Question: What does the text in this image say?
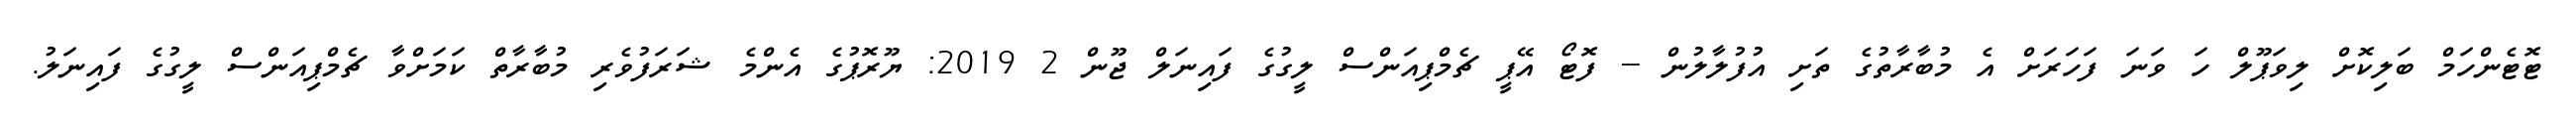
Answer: ޓޮޓެންހަމް ބަލިކޮށް ލިވަޕޫލް ހަ ވަނަ ފަހަރަށް އެ މުބާރާތުގެ ތަށި އުފުލާލުން -- ފޮޓޯ އޭޕީ ޗެމްޕިއަންސް ލީގުގެ ފައިނަލް ޖޫން 2 2019: ޔޫރޮޕުގެ އެންމެ ޝަރަފުވެރި މުބާރާތް ކަމަށްވާ ޗެމްޕިއަންސް ލީގުގެ ފައިނަލު.